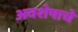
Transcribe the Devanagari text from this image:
अवशेषाचे